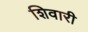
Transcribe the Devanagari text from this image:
शिवारी